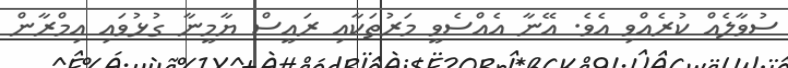
ސުވާލެއް ކުރެއްވި އެވެ. އޭނާ އެއްސެވީ މަރުތަކާއި ރައީސް ޔާމީނާ ގުޅުވައި އިމްރާން